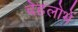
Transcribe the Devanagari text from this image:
देहलोभें